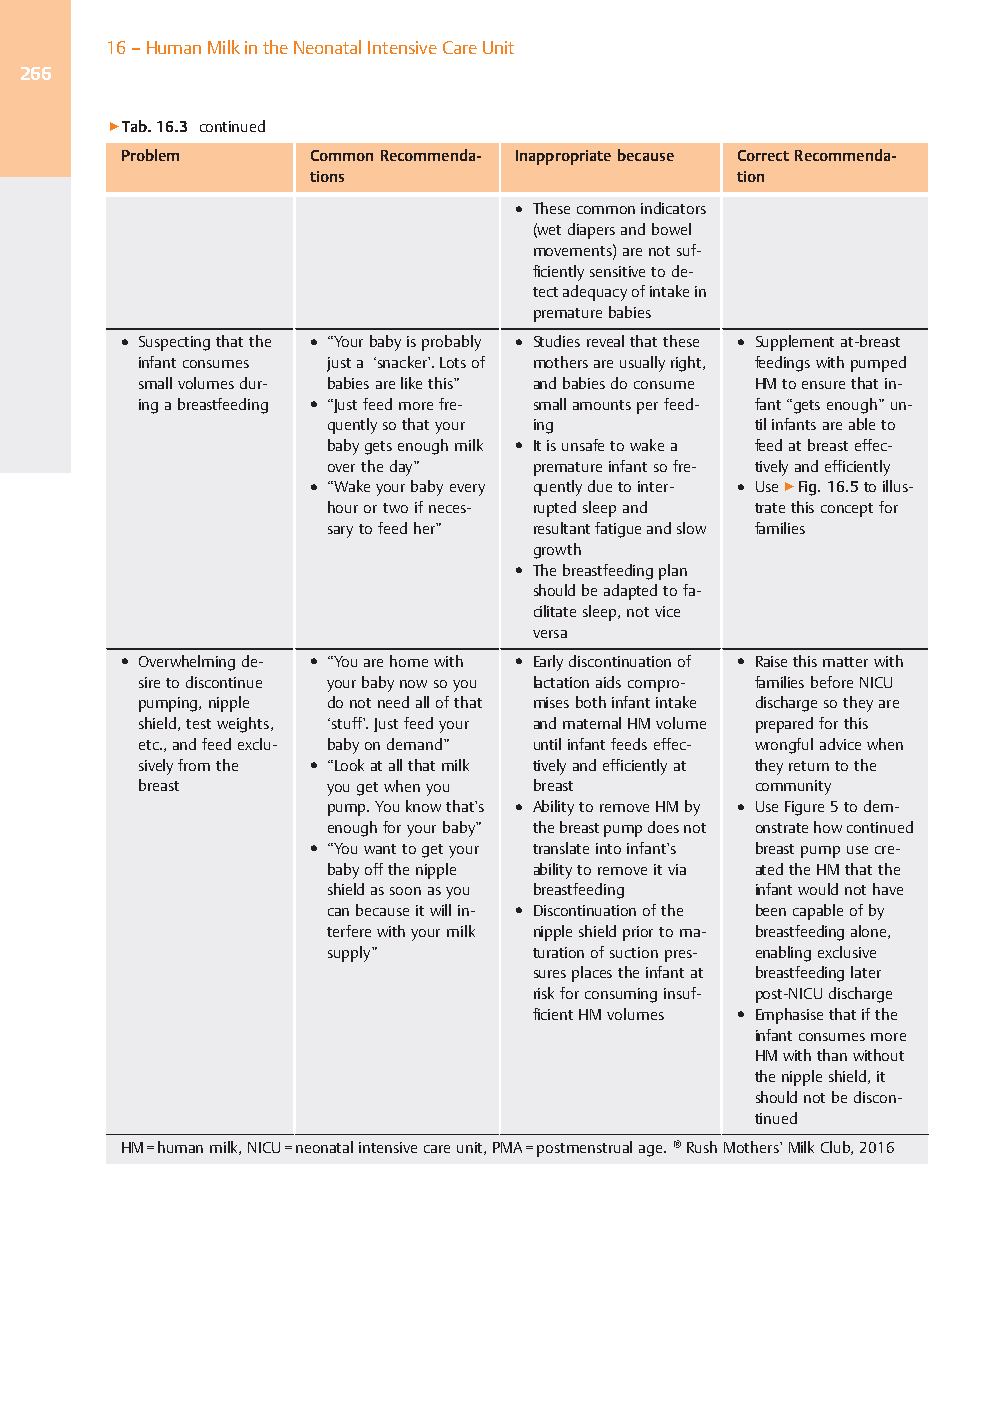
16–HumanMilkintheNeonatalIntensiveCareUnit
 266
 ▶Tab.16.3 continued
 Problem      CommonRecommenda- Inappropriatebecause CorrectRecommenda-
 tions                       tion
 ● Thesecommonindicators
 (wetdiapersandbowel
 movements)arenotsuf-
 ficientlysensitivetode-
 tectadequacyofintakein
 prematurebabies
 ● Suspectingthatthe ● “Yourbabyisprobably ● Studiesrevealthatthese ● Supplementat-breast
 infantconsumes justa ‘snacker’.Lotsof mothersareusuallyright, feedingswithpumped
 smallvolumesdur- babiesarelikethis” andbabiesdoconsume HMtoensurethatin-
 ingabreastfeeding ● “Justfeedmorefre- smallamountsperfeed- fant“getsenough”un-
 quentlysothatyour ing       tilinfantsareableto
 babygetsenoughmilk ● Itisunsafetowakea feedatbreasteffec-
 overtheday”   prematureinfantsofre- tivelyandefficiently
 ● “Wakeyourbabyevery quentlyduetointer- ● Use▶Fig.16.5toillus-
 hourortwoifneces- ruptedsleepand tratethisconceptfor
 sarytofeedher” resultantfatigueandslow families
 growth
 ● Thebreastfeedingplan
 shouldbeadaptedtofa-
 cilitatesleep,notvice
 versa
 ● Overwhelmingde- ● “Youarehomewith ● Earlydiscontinuationof ● Raisethismatterwith
 siretodiscontinue yourbabynowsoyou lactationaidscompro- familiesbeforeNICU
 pumping,nipple donotneedallofthat misesbothinfantintake dischargesotheyare
 shield,testweights, ‘stuff’.Justfeedyour andmaternalHMvolume preparedforthis
 etc.,andfeedexclu- babyondemand” untilinfantfeedseffec- wrongfuladvicewhen
 sivelyfromthe ● “Lookatallthatmilk tivelyandefficientlyat theyreturntothe
 breast      yougetwhenyou breast        community
 pump.Youknowthat’s ● AbilitytoremoveHMby ● UseFigure5todem-
 enoughforyourbaby” thebreastpumpdoesnot onstratehowcontinued
 ● “Youwanttogetyour translateintoinfant’s breastpumpusecre-
 babyoffthenipple abilitytoremoveitvia atedtheHMthatthe
 shieldassoonasyou breastfeeding infantwouldnothave
 canbecauseitwillin- ● Discontinuationofthe beencapableofby
 terferewithyourmilk nippleshieldpriortoma- breastfeedingalone,
 supply”       turationofsuctionpres- enablingexclusive
 suresplacestheinfantat breastfeedinglater
 riskforconsuminginsuf- post-NICUdischarge
 ficientHMvolumes ● Emphasisethatifthe
 infantconsumesmore
 HMwiththanwithout
 thenippleshield,it
 shouldnotbediscon-
 tinued
 HM=humanmilk,NICU=neonatalintensivecareunit,PMA=postmenstrualage.®RushMothers’MilkClub,2016